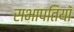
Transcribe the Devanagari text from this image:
सभापतियॉ